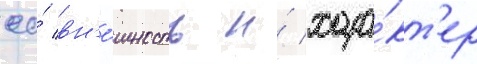
ео́ вн'е́шность и́ хара́кт'ер